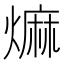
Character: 𤎎